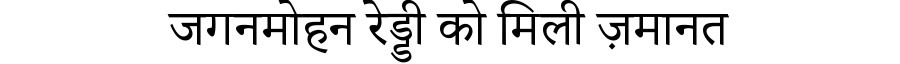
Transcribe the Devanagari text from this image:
जगनमोहन रेड्डी को मिली ज़मानत